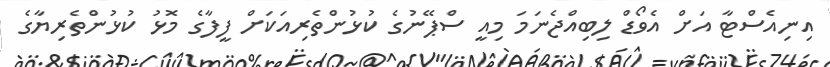
އިނިއެސްޓާ އަށް އެވޯޑް ލިބިއްޖެނަމަ މިއީ ސްޕޭނުގެ ކުޅުންތެރިއަކަށް ފީފާގެ މޮޅު ކުޅުންތެރިޔާގެ